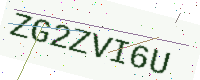
Text: ZG2ZVI6U